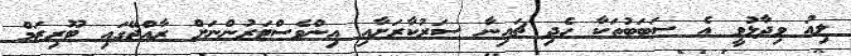
ލިއު ވިދާޅުވީ އެ ސަބަބުތަކާ ހެދި ޗައިނާ ސަރުކާރަށާއި އިންވެސްޓަރުންނަށް ރާއްޖޭގައި ޓޫރިޒަމް